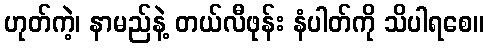
ဟုတ်ကဲ့၊ နာမည်နဲ့ တယ်လီဖုန်း နံပါတ်ကို သိပါရစေ။